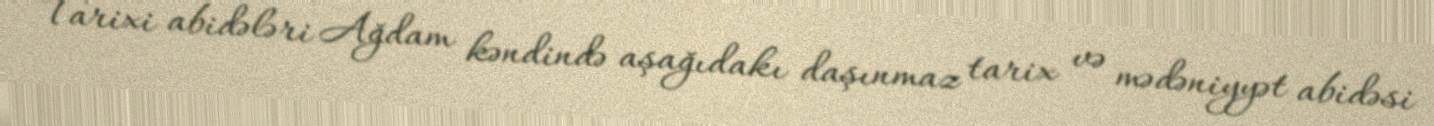
Tarixi abidələri Ağdam kəndində aşağıdakı daşınmaz tarix və mədəniyyət abidəsi